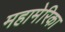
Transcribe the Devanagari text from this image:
महामेरिका